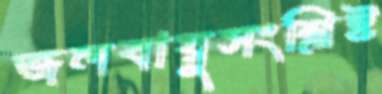
জলবায়ুসংশ্লিষ্ট